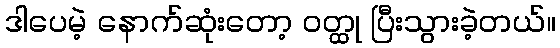
ဒါပေမဲ့ နောက်ဆုံးတော့ ဝတ္ထု ပြီးသွားခဲ့တယ်။